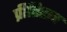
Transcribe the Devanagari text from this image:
प्रीतिराव